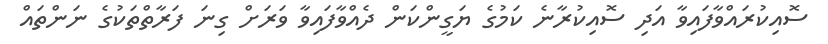
ސޮއިކުރައްވާފައިވާ އަދި ސޮއިކުރާނެ ކަމުގެ ޔަގީންކަން ދެއްވާފައިވާ ވަރަށް ގިނަ ފަރާތްތަކުގެ ނަންތައް